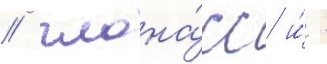
/ глона́сс и́ -